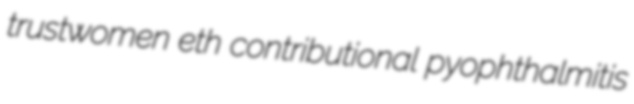
trustwomen eth contributional pyophthalmitis